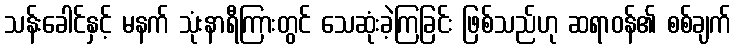
သန်းခေါင်နှင့် မနက် သုံးနာရီကြားတွင် သေဆုံးခဲ့ကြခြင်း ဖြစ်သည်ဟု ဆရာဝန်၏ စစ်ချက်